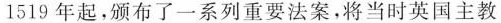
1519年起，颁布了一系列重要法案，将当时英国主教